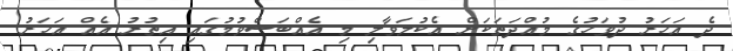
ދެ އަހަރު ދުވަހުގެ މުއްދަތަކަށް އެކުލަވާލި މި އެއްބަސްވުމުގައި އިތުރު އެއް އަހަރު